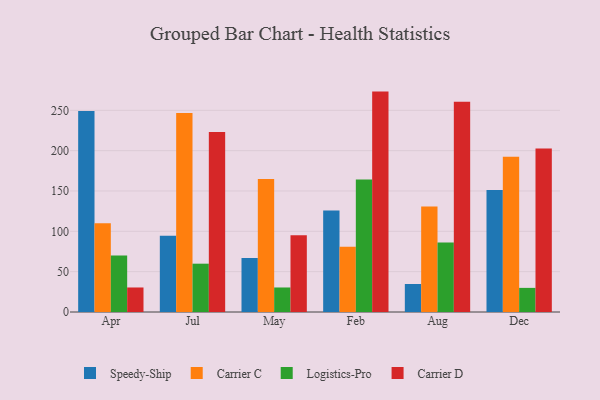
{"axis": {"x": "Month", "y": "Satisfaction Score"}, "legend": ["Carrier C", "Carrier D", "Logistics-Pro", "Speedy-Ship"], "data": [{"x": "Apr", "y": 249.3, "type": "Speedy-Ship"}, {"x": "Apr", "y": 109.9, "type": "Carrier C"}, {"x": "Apr", "y": 69.9, "type": "Logistics-Pro"}, {"x": "Apr", "y": 30.4, "type": "Carrier D"}, {"x": "Jul", "y": 94.6, "type": "Speedy-Ship"}, {"x": "Jul", "y": 246.6, "type": "Carrier C"}, {"x": "Jul", "y": 59.9, "type": "Logistics-Pro"}, {"x": "Jul", "y": 223.0, "type": "Carrier D"}, {"x": "May", "y": 67.0, "type": "Speedy-Ship"}, {"x": "May", "y": 164.8, "type": "Carrier C"}, {"x": "May", "y": 30.4, "type": "Logistics-Pro"}, {"x": "May", "y": 95.1, "type": "Carrier D"}, {"x": "Feb", "y": 125.7, "type": "Speedy-Ship"}, {"x": "Feb", "y": 80.9, "type": "Carrier C"}, {"x": "Feb", "y": 164.3, "type": "Logistics-Pro"}, {"x": "Feb", "y": 273.2, "type": "Carrier D"}, {"x": "Aug", "y": 34.7, "type": "Speedy-Ship"}, {"x": "Aug", "y": 130.8, "type": "Carrier C"}, {"x": "Aug", "y": 86.2, "type": "Logistics-Pro"}, {"x": "Aug", "y": 260.7, "type": "Carrier D"}, {"x": "Dec", "y": 151.1, "type": "Speedy-Ship"}, {"x": "Dec", "y": 192.4, "type": "Carrier C"}, {"x": "Dec", "y": 29.9, "type": "Logistics-Pro"}, {"x": "Dec", "y": 202.8, "type": "Carrier D"}]}